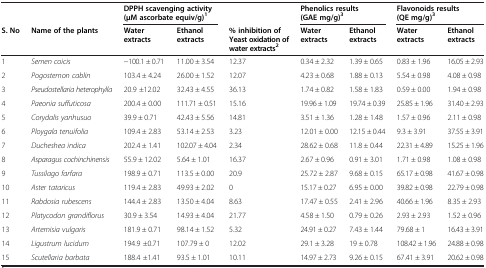
<table><thead><tr><td><b> </b></td><td><b> </b></td><td colspan="2"><b>DPPH scavenging activity (μM ascorbate equiv/g)<sup>1</sup></b></td><td><b> </b></td><td colspan="2"><b>Phenolics results (GAE mg/g)<sup>3</sup></b></td><td colspan="2"><b>Flavonoids results (QE mg/g)<sup>3</sup></b></td></tr><tr><td><b>S. No</b></td><td><b>Name of the plants</b></td><td><b>Water extracts</b></td><td><b>Ethanol extracts</b></td><td><b>% inhibition of Yeast oxidation of water extracts<sup>2</sup></b></td><td><b>Water extracts</b></td><td><b>Ethanol extracts</b></td><td><b>Water extracts</b></td><td><b>Ethanol extracts</b></td></tr></thead><tbody><tr><td>1</td><td><i>Semen coicis</i></td><td>−100.1 ± 0.71</td><td>11.00 ± 3.54</td><td>12.37</td><td>0.34 ± 2.32</td><td>1.39 ± 0.65</td><td>0.83 ± 1.96</td><td>16.05 ± 2.93</td></tr><tr><td>2</td><td><i>Pogostemon cablin</i></td><td>103.4 ± 4.24</td><td>26.00 ± 1.52</td><td>12.07</td><td>4.23 ± 0.68</td><td>1.88 ± 0.13</td><td>5.54 ± 0.98</td><td>4.08 ± 0.98</td></tr><tr><td>3</td><td><i>Pseudostellaria heterophylla</i></td><td>20.9 ±12.02</td><td>32.43 ± 4.55</td><td>36.13</td><td>1.74 ± 0.82</td><td>1.58 ± 1.83</td><td>0.59 ± 0.00</td><td>1.94 ± 0.98</td></tr><tr><td>4</td><td><i>Paeonia suffuticosa</i></td><td>200.4 ± 0.00</td><td>111.71 ± 0.51</td><td>15.16</td><td>19.96 ± 1.09</td><td>19.74 ± 0.39</td><td>25.85 ± 1.96</td><td>31.40 ± 2.93</td></tr><tr><td>5</td><td><i>Corydalis yanhusuo</i></td><td>39.9 ± 0.71</td><td>42.43 ± 5.56</td><td>14.81</td><td>3.51 ± 1.36</td><td>1.28 ± 1.48</td><td>1.57 ± 0.96</td><td>2.11 ± 0.98</td></tr><tr><td>6</td><td><i>Ploygala tenuifolia</i></td><td>109.4 ± 2.83</td><td>53.14 ± 2.53</td><td>3.23</td><td>12.01 ± 0.00</td><td>12.15 ± 0.44</td><td>9.3 ± 3.91</td><td>37.55 ± 3.91</td></tr><tr><td>7</td><td><i>Ducheshea indica</i></td><td>202.4 ± 1.41</td><td>102.07 ± 4.04</td><td>2.34</td><td>28.62 ± 0.68</td><td>11.8 ± 0.44</td><td>22.31 ± 4.89</td><td>15.25 ± 1.96</td></tr><tr><td>8</td><td><i>Asparagus cochinchinensis</i></td><td>55.9 ± 12.02</td><td>5.64 ± 1.01</td><td>16.37</td><td>2.67 ± 0.96</td><td>0.91 ± 3.01</td><td>1.71 ± 0.98</td><td>1.08 ± 0.98</td></tr><tr><td>9</td><td><i>Tussilago farfara</i></td><td>198.9 ± 0.71</td><td>113.5 ± 0.00</td><td>20.9</td><td>25.72 ± 2.87</td><td>9.68 ± 0.15</td><td>65.17 ± 0.98</td><td>41.67 ± 0.98</td></tr><tr><td>10</td><td><i>Aster tataricus</i></td><td>119.4 ± 2.83</td><td>49.93 ± 2.02</td><td>0</td><td>15.17 ± 0.27</td><td>6.95 ± 0.00</td><td>39.82 ± 0.98</td><td>22.79 ± 0.98</td></tr><tr><td>11</td><td><i>Rabdosia rubescens</i></td><td>144.4 ± 2.83</td><td>13.50 ± 4.04</td><td>8.63</td><td>17.47 ± 0.55</td><td>2.41 ± 2.96</td><td>40.66 ± 1.96</td><td>8.35 ± 2.93</td></tr><tr><td>12</td><td><i>Platycodon grandiflorus</i></td><td>30.9 ± 3.54</td><td>14.93 ± 4.04</td><td>21.77</td><td>4.58 ± 1.50</td><td>0.79 ± 0.26</td><td>2.93 ± 2.93</td><td>1.52 ± 0.96</td></tr><tr><td>13</td><td><i>Artemisia vulgaris</i></td><td>181.9 ± 0.71</td><td>98.14 ± 1.52</td><td>5.32</td><td>24.91 ± 0.27</td><td>7.43 ± 1.44</td><td>79.68 ± 1</td><td>16.43 ± 3.91</td></tr><tr><td>14</td><td><i>Ligustrum lucidum</i></td><td>194.9 ±0.71</td><td>107.79 ± 0</td><td>12.02</td><td>29.1 ± 3.28</td><td>19 ± 0.78</td><td>108.42 ± 1.96</td><td>24.88 ± 0.98</td></tr><tr><td>15</td><td><i>Scutellaria barbata</i></td><td>188.4 ±1.41</td><td>93.5 ± 1.01</td><td>10.11</td><td>14.97 ± 2.73</td><td>9.26 ± 0.15</td><td>67.41 ± 3.91</td><td>20.62 ± 0.98</td></tr></tbody></table>